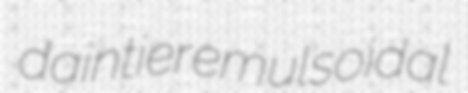
daintier emulsoidal